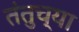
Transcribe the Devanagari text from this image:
तंतुच्या